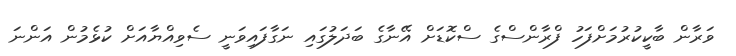
ވަރާން ބާކީކުރުމަށްފަހު ފްރާންސްގެ ސްކޮޑަށް އޭނާގެ ބަދަލުގައި ނަގާފައިވަނީ ސެވިއްޔާއަށް ކުޅެމުން އަންނަ